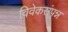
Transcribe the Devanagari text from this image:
विवेकसंपन्न